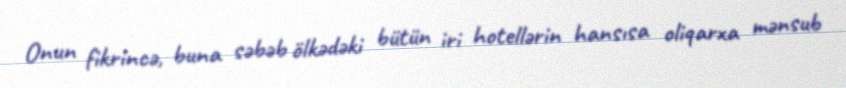
Onun fikrincə, buna səbəb ölkədəki bütün iri hotellərin hansısa oliqarxa mənsub